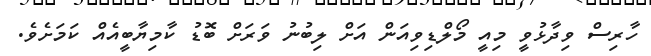
ހާރިސް ވިދާޅުވީ މިއީ މޯލްޑިވިއަން އަށް ލިބުނު ވަރަށް ބޮޑު ކާމިޔާބީއެއް ކަމަށެވެ.